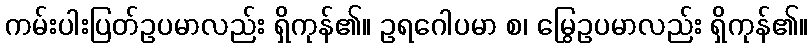
ကမ်းပါးပြတ်ဥပမာလည်း ရှိကုန်၏။ ဥရဂေါပမာ စ၊ မြွေဥပမာလည်း ရှိကုန်၏။